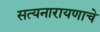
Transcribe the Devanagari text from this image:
सत्यनारायणाचे